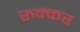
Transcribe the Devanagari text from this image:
रुक्कर